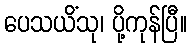
ပေသယိံသု၊ ပို့ကုန်ပြီ။